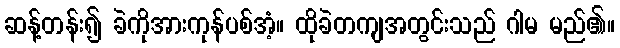
ဆန့်တန်း၍ ခဲကိုအားကုန်ပစ်အံ့။ ထိုခဲတကျအတွင်းသည် ဂါမ မည်၏။